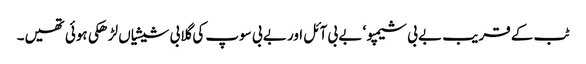
ٹب کے قریب بے بی شیمپو ‘ بے بی آئل اور بے بی سوپ کی گلابی شیشیاں لڑھکی ہوئی تھیں۔